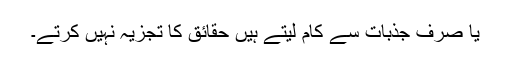
یا صرف جذبات سے کام لیتے ہیں حقائق کا تجزیہ نہیں کرتے۔